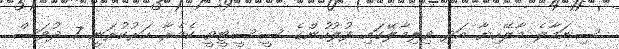
ސިނަމާލެ މާލޭހިޔާ އަދި ވިލިމާލޭގައި ފުލުހުންގެ ސީސީޓީވީ ކެމެރާ ހަރުކުރަނީ 7 ދުވަސް